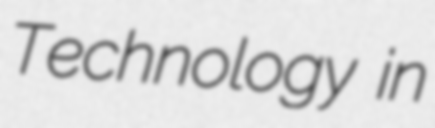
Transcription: Technology in